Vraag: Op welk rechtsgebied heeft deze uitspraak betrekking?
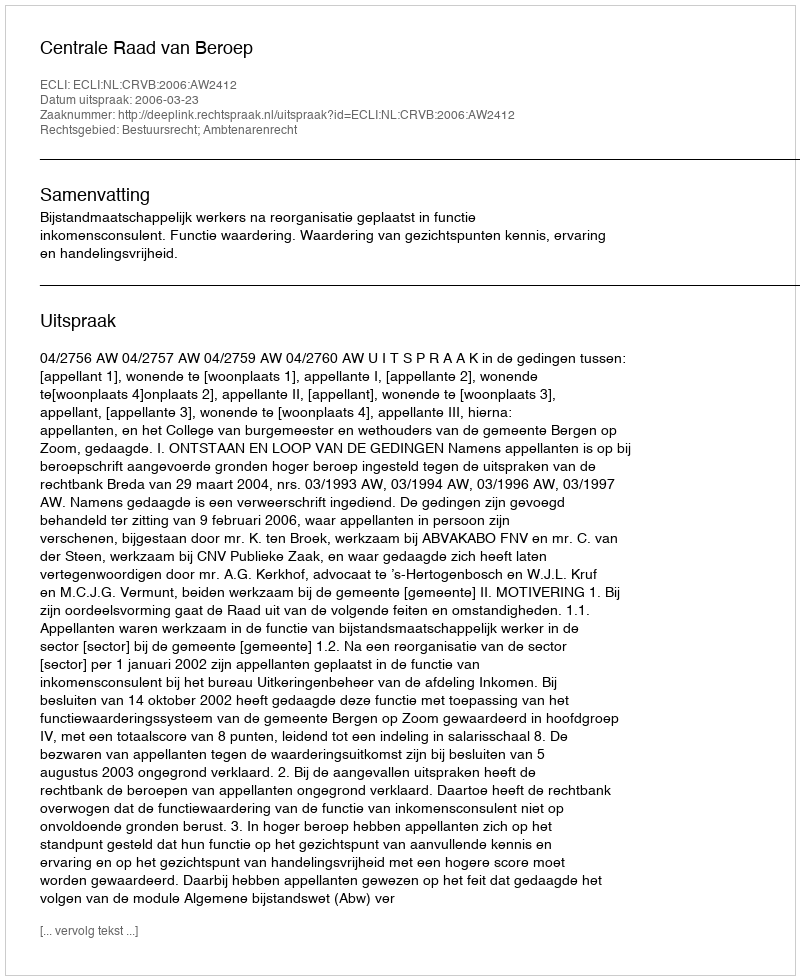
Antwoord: Bestuursrecht; Ambtenarenrecht